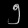
Digit: ၅